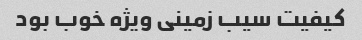
کیفیت سیب زمینی ویژه خوب بود